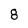
Character: 8